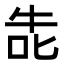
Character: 𭇤